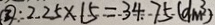
\textcircled { 3 } : 2 . 2 5 \times 1 5 = 3 4 . 7 5 ( d m ^ { 3 } )